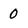
Character: 0